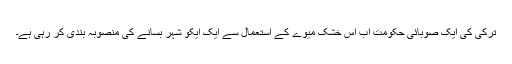
ترکی کی ایک صوبائی حکومت اب اس خشک میوے کے استعمال سے ایک ایکو شہر بسانے کی منصوبہ بندی کر رہی ہے۔